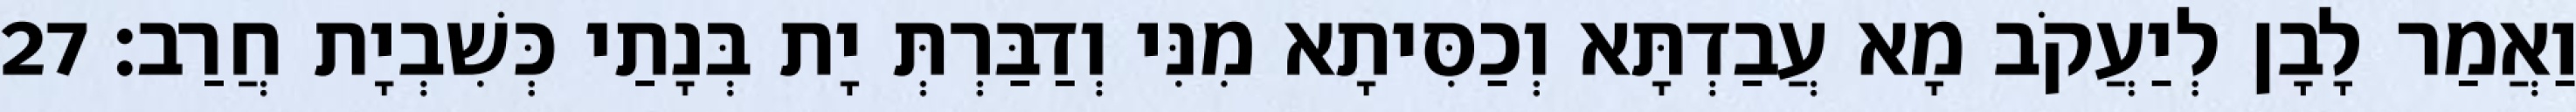
וַאֲמַר לָבָן לְיַעֲקֹב מָא עֲבַדְתָּא וְכַסִּיתָא מִנִּי וְדַבַּרְתְּ יָת בְּנָתַי כְּשִׁבְיָת חֲרַב׃ 27